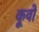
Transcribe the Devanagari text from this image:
कूवो